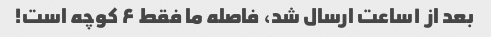
بعد از ۱ساعت ارسال شد، فاصله ما فقط ۶ کوچه است!